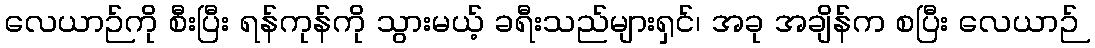
လေယာဉ်ကို စီးပြီး ရန်ကုန်ကို သွားမယ့် ခရီးသည်များရှင်၊ အခု အချိန်က စပြီး လေယာဉ်